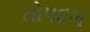
તોપદળ